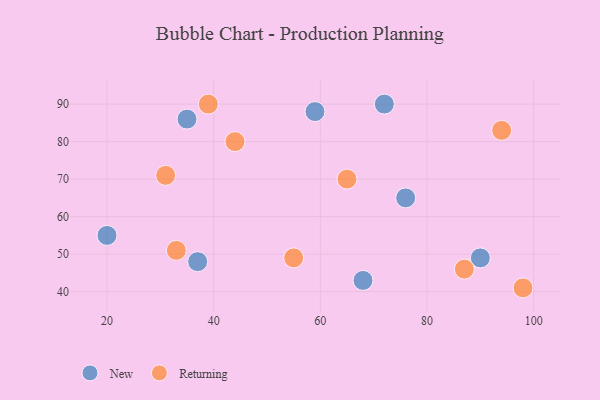
{"axis": {"x": "GDP", "y": "Life Expectancy"}, "legend": ["New", "Returning"], "data": [{"x": "20", "y": 55, "type": "New"}, {"x": "35", "y": 86, "type": "New"}, {"x": "90", "y": 49, "type": "New"}, {"x": "59", "y": 88, "type": "New"}, {"x": "37", "y": 48, "type": "New"}, {"x": "72", "y": 90, "type": "New"}, {"x": "76", "y": 65, "type": "New"}, {"x": "68", "y": 43, "type": "New"}, {"x": "33", "y": 51, "type": "Returning"}, {"x": "98", "y": 41, "type": "Returning"}, {"x": "44", "y": 80, "type": "Returning"}, {"x": "87", "y": 46, "type": "Returning"}, {"x": "55", "y": 49, "type": "Returning"}, {"x": "39", "y": 90, "type": "Returning"}, {"x": "94", "y": 83, "type": "Returning"}, {"x": "65", "y": 70, "type": "Returning"}, {"x": "31", "y": 71, "type": "Returning"}]}